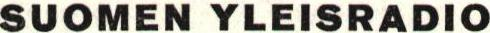
SUOMEN YLEISRADIO